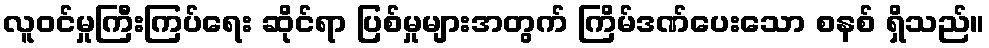
လူဝင်မှုကြီးကြပ်ရေး ဆိုင်ရာ ပြစ်မှုများအတွက် ကြိမ်ဒဏ်ပေးသော စနစ် ရှိသည်။